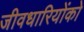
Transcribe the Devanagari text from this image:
जीवधारियोंको